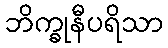
ဘိက္ခုနီပရိသာ